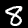
Digit: 8